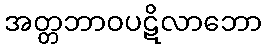
အတ္တဘာဝပဋိလာဘော